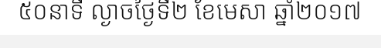
៥០នាទី ល្ងាចថ្ងៃទី២ ខែមេសា ឆ្នាំ២០១៧